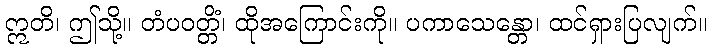
ဣတိ၊ ဤသို့။ တံပဝတ္တိံ၊ ထိုအကြောင်းကို။ ပကာသေန္တော၊ ထင်ရှားပြလျက်။